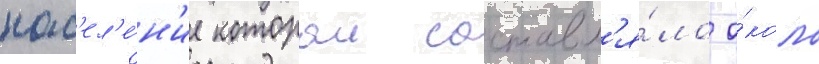
нас'ел'е́н'ие которои составл'я́ло о́коло